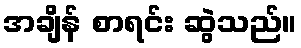
အချိန် စာရင်း ဆွဲသည်။